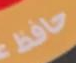
حافظ